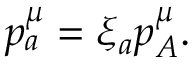
p _ { a } ^ { \mu } = \xi _ { a } p _ { A } ^ { \mu } .